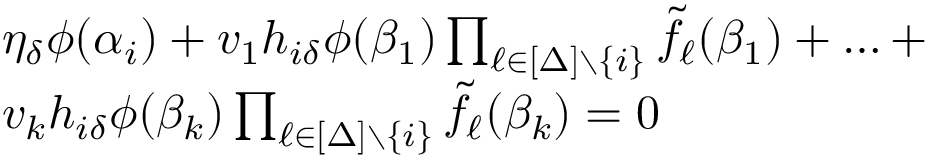
\begin{array} { r l } & { \eta _ { \delta } \phi ( \alpha _ { i } ) + v _ { 1 } h _ { i \delta } \phi ( \beta _ { 1 } ) \prod _ { \ell \in [ \Delta ] \setminus \{ i \} } \tilde { f } _ { \ell } ( \beta _ { 1 } ) + \ldots + } \\ & { v _ { k } h _ { i \delta } \phi ( \beta _ { k } ) \prod _ { \ell \in [ \Delta ] \setminus \{ i \} } \tilde { f } _ { \ell } ( \beta _ { k } ) = 0 } \end{array}